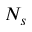
N _ { s }